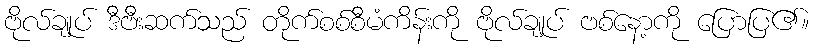
ဗိုလ်ချုပ် ဒီဗီးဆက်သည် တိုက်စစ်စီမံကိန်းကို ဗိုလ်ချုပ် ဗစ်နော့ကို ပြောပြ၏။